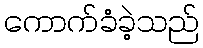
ကောက်ခံခဲ့သည်